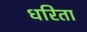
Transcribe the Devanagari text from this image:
धरिता